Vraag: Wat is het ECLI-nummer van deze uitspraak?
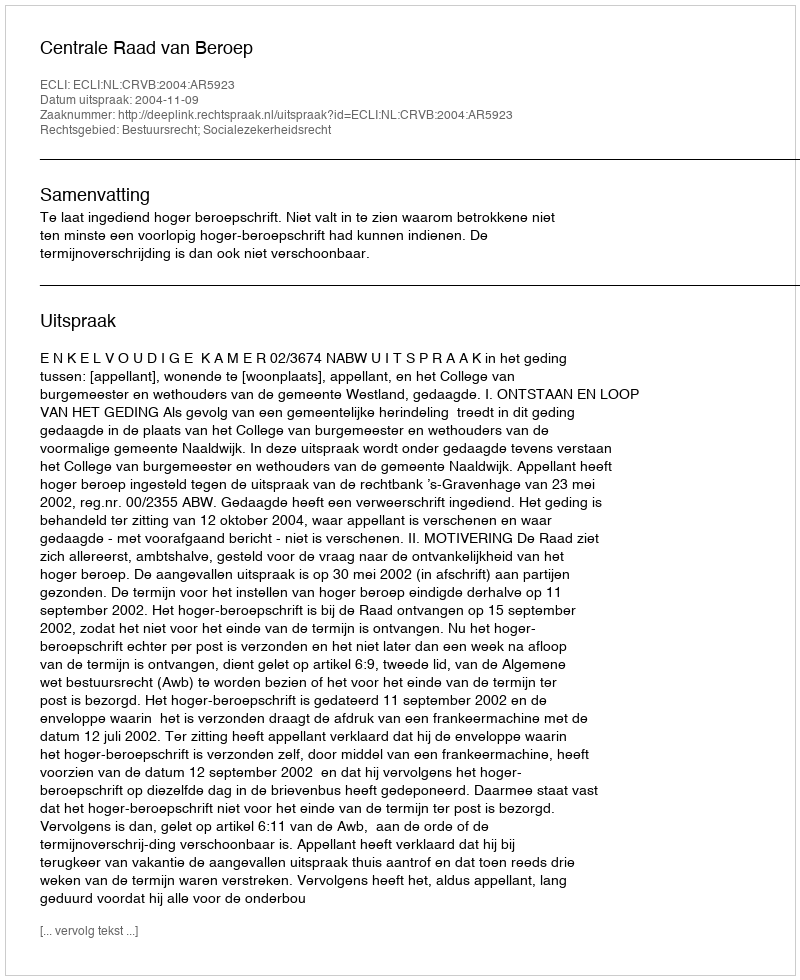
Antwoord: ECLI:NL:CRVB:2004:AR5923